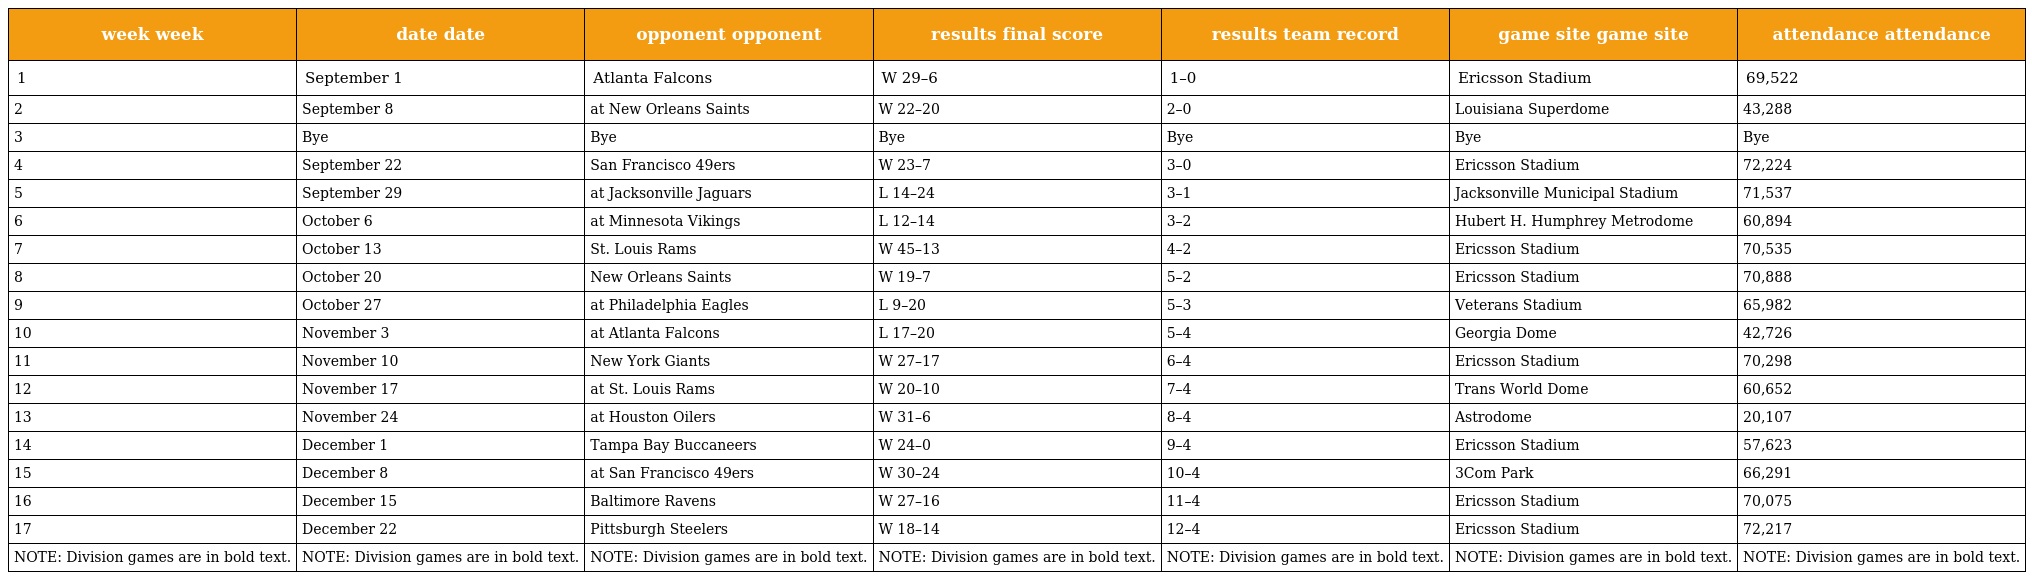
| week week | date date | opponent opponent | results final score | results team record | game site game site | attendance attendance |
 | --- | --- | --- | --- | --- | --- | --- |
 | 1 | September 1 | Atlanta Falcons | W 29–6 | 1–0 | Ericsson Stadium | 69,522 |
 | 2 | September 8 | at New Orleans Saints | W 22–20 | 2–0 | Louisiana Superdome | 43,288 |
 | 3 | Bye | Bye | Bye | Bye | Bye | Bye |
 | 4 | September 22 | San Francisco 49ers | W 23–7 | 3–0 | Ericsson Stadium | 72,224 |
 | 5 | September 29 | at Jacksonville Jaguars | L 14–24 | 3–1 | Jacksonville Municipal Stadium | 71,537 |
 | 6 | October 6 | at Minnesota Vikings | L 12–14 | 3–2 | Hubert H. Humphrey Metrodome | 60,894 |
 | 7 | October 13 | St. Louis Rams | W 45–13 | 4–2 | Ericsson Stadium | 70,535 |
 | 8 | October 20 | New Orleans Saints | W 19–7 | 5–2 | Ericsson Stadium | 70,888 |
 | 9 | October 27 | at Philadelphia Eagles | L 9–20 | 5–3 | Veterans Stadium | 65,982 |
 | 10 | November 3 | at Atlanta Falcons | L 17–20 | 5–4 | Georgia Dome | 42,726 |
 | 11 | November 10 | New York Giants | W 27–17 | 6–4 | Ericsson Stadium | 70,298 |
 | 12 | November 17 | at St. Louis Rams | W 20–10 | 7–4 | Trans World Dome | 60,652 |
 | 13 | November 24 | at Houston Oilers | W 31–6 | 8–4 | Astrodome | 20,107 |
 | 14 | December 1 | Tampa Bay Buccaneers | W 24–0 | 9–4 | Ericsson Stadium | 57,623 |
 | 15 | December 8 | at San Francisco 49ers | W 30–24 | 10–4 | 3Com Park | 66,291 |
 | 16 | December 15 | Baltimore Ravens | W 27–16 | 11–4 | Ericsson Stadium | 70,075 |
 | 17 | December 22 | Pittsburgh Steelers | W 18–14 | 12–4 | Ericsson Stadium | 72,217 |
 | NOTE: Division games are in bold text. | NOTE: Division games are in bold text. | NOTE: Division games are in bold text. | NOTE: Division games are in bold text. | NOTE: Division games are in bold text. | NOTE: Division games are in bold text. | NOTE: Division games are in bold text. |